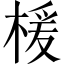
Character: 楥